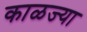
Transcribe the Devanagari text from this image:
काळज्या